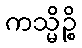
ကသ္မိဉ္စိ